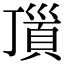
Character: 𩒆